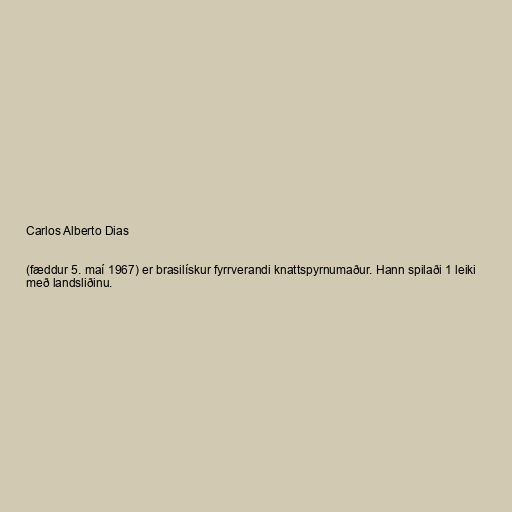
Carlos Alberto Dias

(fæddur 5. maí 1967) er brasilískur fyrrverandi knattspyrnumaður. Hann spilaði 1 leiki
með landsliðinu.